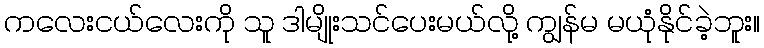
ကလေးငယ်လေးကို သူ ဒါမျိုးသင်ပေးမယ်လို့ ကျွန်မ မယုံနိုင်ခဲ့ဘူး။